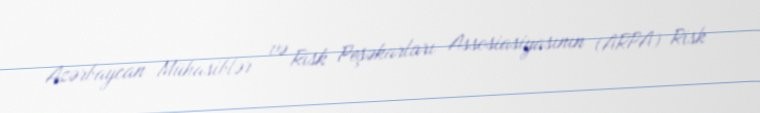
Azərbaycan Mühasiblər və Risk Peşəkarları Assosiasiyasının (ARPA) Risk